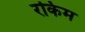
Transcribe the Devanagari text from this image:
रकिम